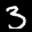
Label: 3